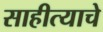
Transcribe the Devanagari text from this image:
साहीत्याचे